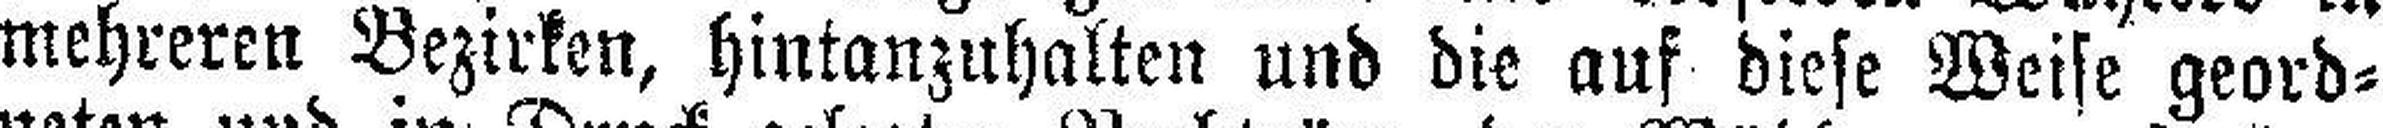
mehreren Bezirken, hintanzuhalten und die auf diese Weise geord¬